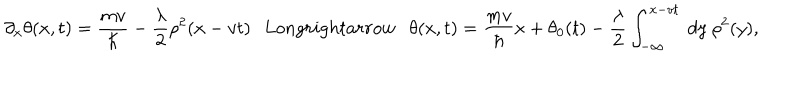
\partial _ { x } \theta ( x , t ) = \frac { m v } { \hbar } - { \frac { \lambda } { 2 } } \rho ^ { 2 } ( x - v t ) \ \ \, L o n g r i g h t a r r o w \ \ \ \theta ( x , t ) = \frac { m v } { \hbar } x + \theta _ { 0 } ( t ) - { \frac { \lambda } { 2 } } \int _ { - \infty } ^ { x - v t } ~ d y ~ \rho ^ { 2 } ( y ) ,